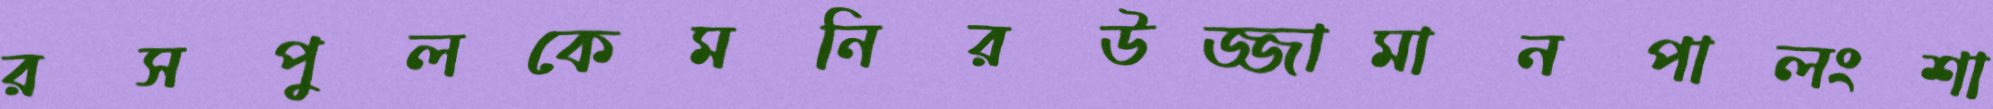
রসপুলকেমনিরউজ্জামানপালংশা